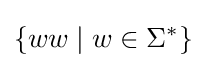
\left\{ww\mid w\in \Sigma ^{*}\right\}